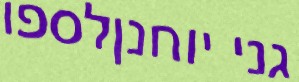
גני יוחנןלספו